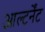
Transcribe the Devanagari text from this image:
आल्टर्नेंट